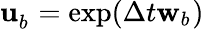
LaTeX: \mathbf{u}_{b_{}}^{}=\exp(\Delta t{}\mathbf{w}_{b_{}})